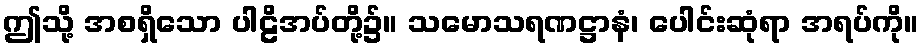
ဤသို့ အစရှိသော ပါဠိအပ်တို့၌။ သမောသရဏဋ္ဌာနံ၊ ပေါင်းဆုံရာ အရပ်ကို။